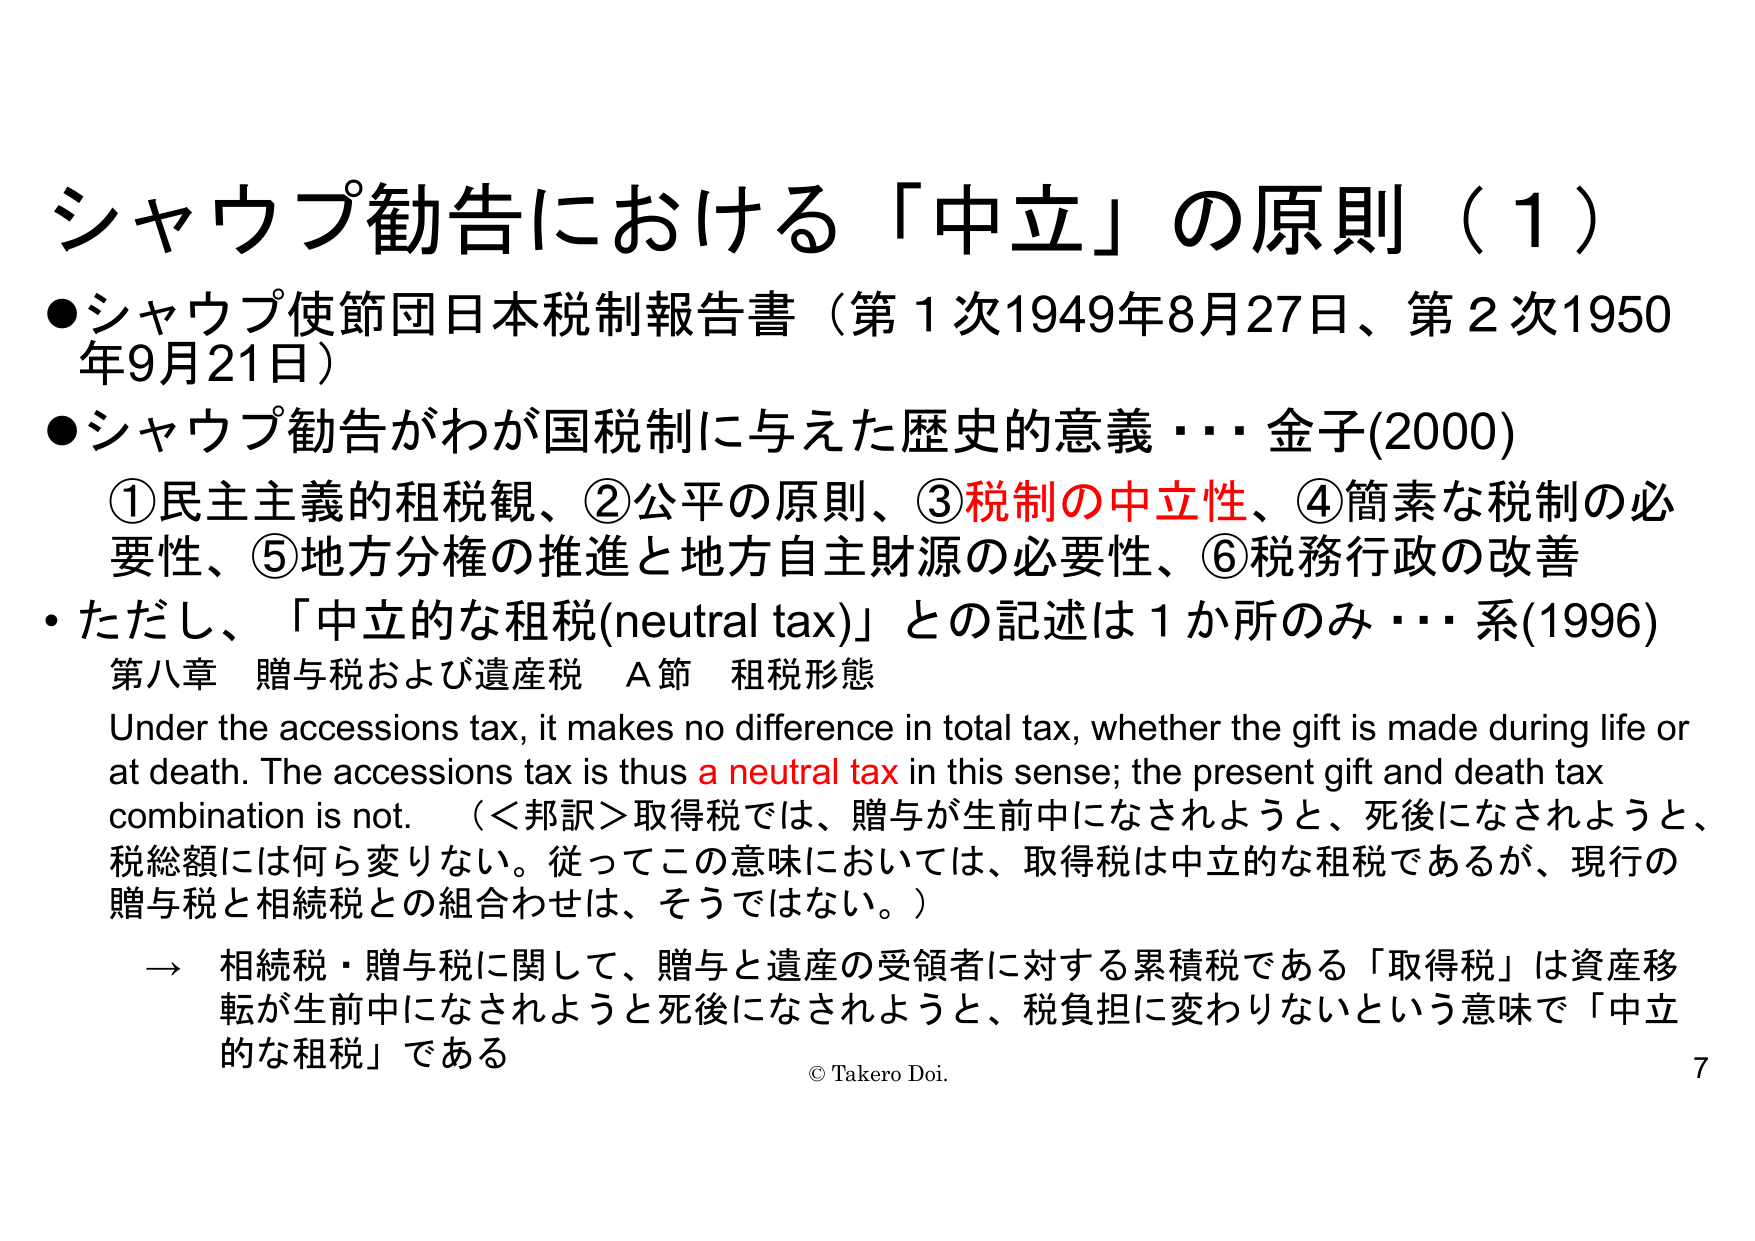
シャウプ勧告における「中立」の原則（1）

●シャウプ使節団日本税制報告書（第1次1949年8月27日、第2次1950年9月21日）

●シャウプ勧告がわが国税制に与えた歴史的意義・・・金子(2000)

　①民主主義的租税観、②公平の原則、③税制の中立性、④簡素な税制の必要性、⑤地方分権の推進と地方自主財源の必要性、⑥税務行政の改善

・ただし、「中立的な租税(neutral tax)」との記述は1か所のみ・・・系(1996)

　第八章　贈与税および遺産税　A節　租税形態

　Under the accessions tax, it makes no difference in total tax, whether the gift is made during life or at death. The accessions tax is thus a neutral tax in this sense; the present gift and death tax combination is not.　（＜邦訳＞取得税では、贈与が生前中になされようと、死後になされようと、税総額には何ら変りない。従ってこの意味においては、取得税は中立的な租税であるが、現行の贈与税と相続税との組合わせは、そうではない。）

　→　相続税・贈与税に関して、贈与と遺産の受領者に対する累積税である「取得税」は資産移転が生前中になされようと死後になされようと、税負担に変わりないという意味で「中立的な租税」である

© Takero Doi. 7